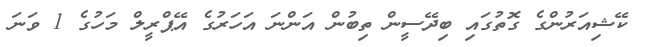
ކޭޝިއަރުންގެ ގޮތުގައި ބިދޭސީން ތިބުން އަންނަ އަހަރުގެ އޭޕްރީލް މަހުގެ 1 ވަނަ